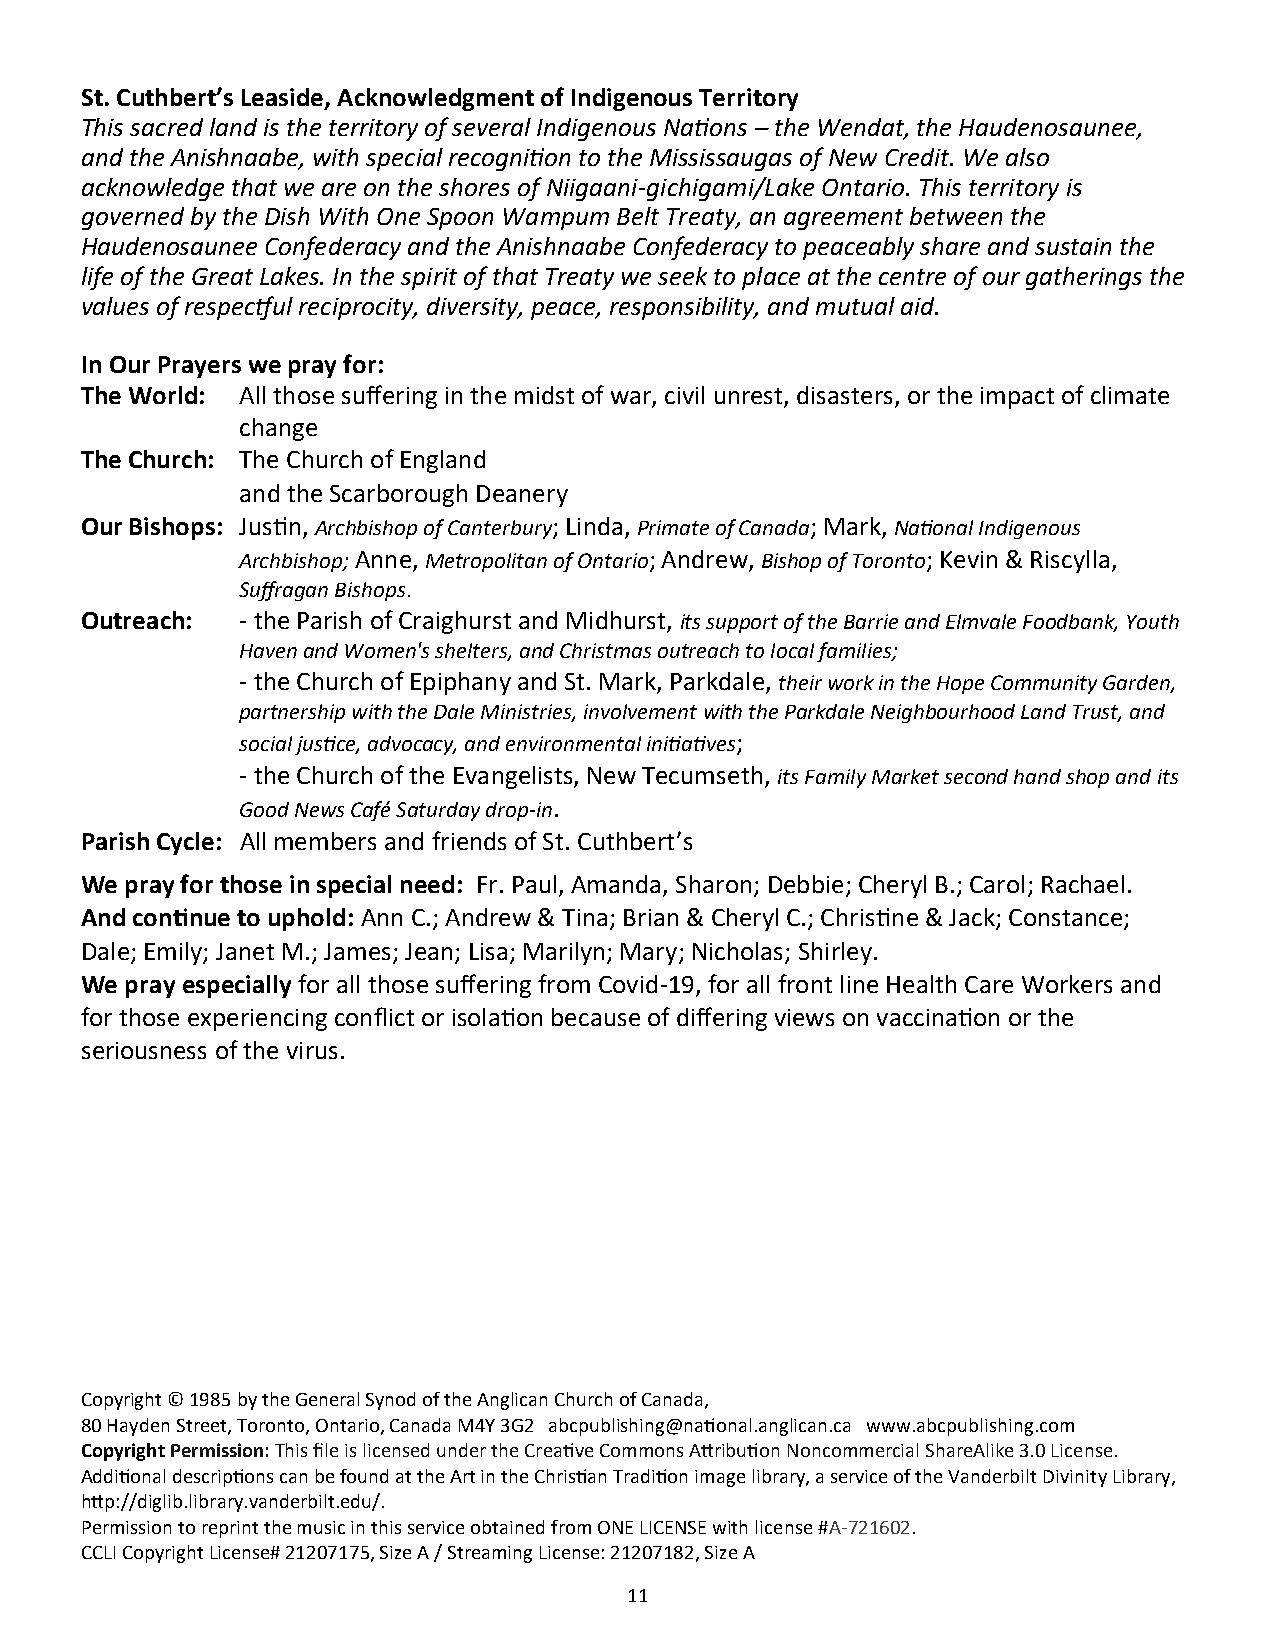
St. Cuthbert’s Leaside, Acknowledgment of Indigenous Territory
 This sacred land is the territory of several Indigenous Nations – the Wendat, the Haudenosaunee,
 and the Anishnaabe, with special recognition to the Mississaugas of New Credit. We also
 acknowledge that we are on the shores of Niigaani-gichigami/Lake Ontario. This territory is
 governed by the Dish With One Spoon Wampum Belt Treaty, an agreement between the
 Haudenosaunee Confederacy and the Anishnaabe Confederacy to peaceably share and sustain the
 life of the Great Lakes. In the spirit of that Treaty we seek to place at the centre of our gatherings the
 values of respectful reciprocity, diversity, peace, responsibility, and mutual aid.
 In Our Prayers we pray for:
 The World: All those suffering in the midst of war, civil unrest, disasters, or the impact of climate
 change
 The Church: The Church of England
 and the Scarborough Deanery
 Our Bishops: Justin, Archbishop of Canterbury; Linda, Primate of Canada; Mark, National Indigenous
 Archbishop; Anne, Metropolitan of Ontario; Andrew, Bishop of Toronto; Kevin & Riscylla,
 Suffragan Bishops.
 Outreach:  - the Parish of Craighurst and Midhurst, its support of the Barrie and Elmvale Foodbank, Youth
 Haven and Women's shelters, and Christmas outreach to local families;
 - the Church of Epiphany and St. Mark, Parkdale, their work in the Hope Community Garden,
 partnership with the Dale Ministries, involvement with the Parkdale Neighbourhood Land Trust, and
 social justice, advocacy, and environmental initiatives;
 - the Church of the Evangelists, New Tecumseth, its Family Market second hand shop and its
 Good News Café Saturday drop-in.
 Parish Cycle: All members and friends of St. Cuthbert’s
 We pray for those in special need: Fr. Paul, Amanda, Sharon; Debbie; Cheryl B.; Carol; Rachael.
 And continue to uphold: Ann C.; Andrew & Tina; Brian & Cheryl C.; Christine & Jack; Constance;
 Dale; Emily; Janet M.; James; Jean; Lisa; Marilyn; Mary; Nicholas; Shirley.
 We pray especially for all those suffering from Covid-19, for all front line Health Care Workers and
 for those experiencing conflict or isolation because of differing views on vaccination or the
 seriousness of the virus.
 Copyright © 1985 by the General Synod of the Anglican Church of Canada,
 80 Hayden Street, Toronto, Ontario, Canada M4Y 3G2 abcpublishing@national.anglican.ca www.abcpublishing.com
 Copyright Permission: This file is licensed under the Creative Commons Attribution Noncommercial ShareAlike 3.0 License.
 Additional descriptions can be found at the Art in the Christian Tradition image library, a service of the Vanderbilt Divinity Library,
 http://diglib.library.vanderbilt.edu/.
 Permission to reprint the music in this service obtained from ONE LICENSE with license #A-721602.
 CCLI Copyright License# 21207175, Size A / Streaming License: 21207182, Size A
 11